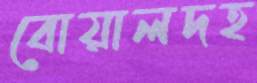
বোয়ালদহ